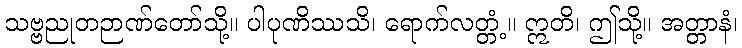
သဗ္ဗညုတဉာဏ်တော်သို့။ ပါပုဏိဿသိ၊ ရောက်လတ္တံ့။ ဣတိ၊ ဤသို့။ အတ္တာနံ၊